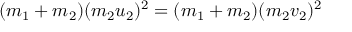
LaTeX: ( m _ { 1 } + m _ { 2 } ) ( m _ { 2 } u _ { 2 } ) ^ { 2 } = ( m _ { 1 } + m _ { 2 } ) ( m _ { 2 } v _ { 2 } ) ^ { 2 } \,